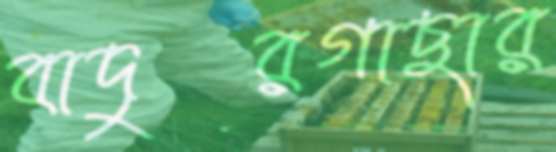
বাদুরগাছার